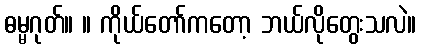
ဓမ္မဂုတ်။ ။ ကိုယ်တော်ကတော့ ဘယ်လိုတွေးသလဲ။